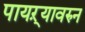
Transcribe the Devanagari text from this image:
पायऱ्यावरुन